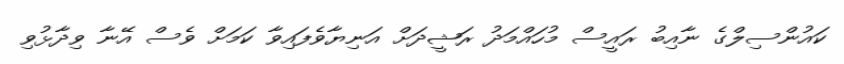
ކައުންސިލްގެ ނާއިބު ރައީސް މުހައްމަދު ރަޝީދަށް އަނިޔާވެފައިވާ ކަމަށް ވެސް އޭނާ ވިދާޅުވި